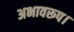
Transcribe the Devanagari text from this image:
अभावरूप।